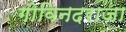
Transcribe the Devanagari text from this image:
गोविनदराजा